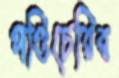
পণ্ডিচেরির